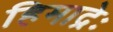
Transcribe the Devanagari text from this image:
हिमाद्रेः